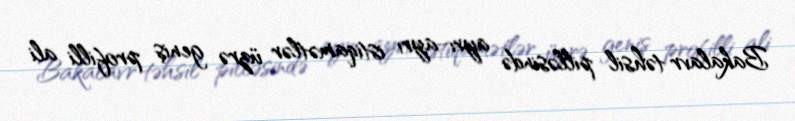
Bakalavr təhsil pilləsində ayrı-ayrı istiqamətlər üzrə geniş profilli ali